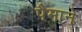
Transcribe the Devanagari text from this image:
पैेमाने